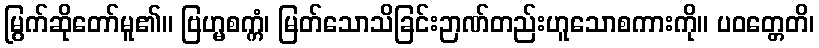
မြွက်ဆိုတော်မူ၏။ ဗြဟ္မစက္ကံ၊ မြတ်သောသိခြင်းဉာဏ်တည်းဟူသောစကားကို။ ပဝတ္တေတိ၊